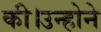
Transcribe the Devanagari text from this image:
की।उन्होने